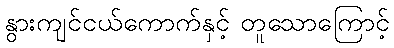
နွားကျင်ငယ်ကောက်နှင့် တူသောကြောင့်